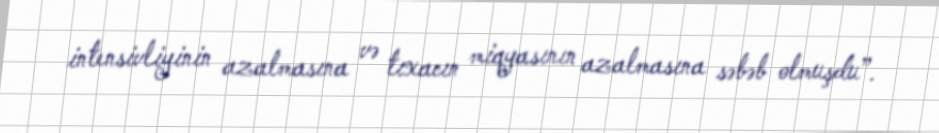
intensivliyinin azalmasına və tıxacın miqyasının azalmasına səbəb olmuşdu”.